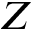
Z